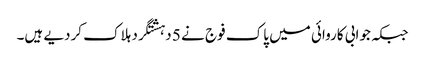
جبکہ جوابی کاروائی میں پاک فوج نے 5 دہشتگرد ہلاک کردیے ہیں۔